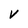
Character: v